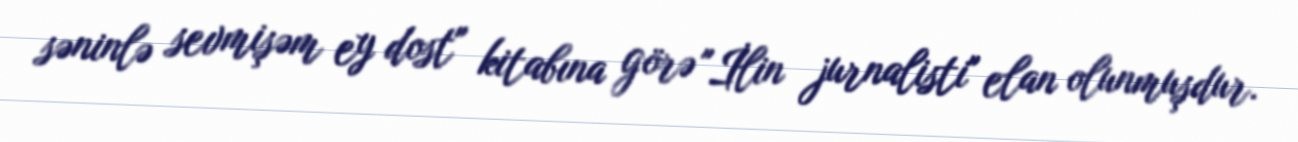
səninlə sevmişəm ey dost" kitabına görə "İlin jurnalisti" elan olunmuşdur.